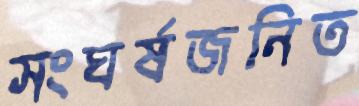
সংঘর্ষজনিত